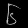
Digit: ၆